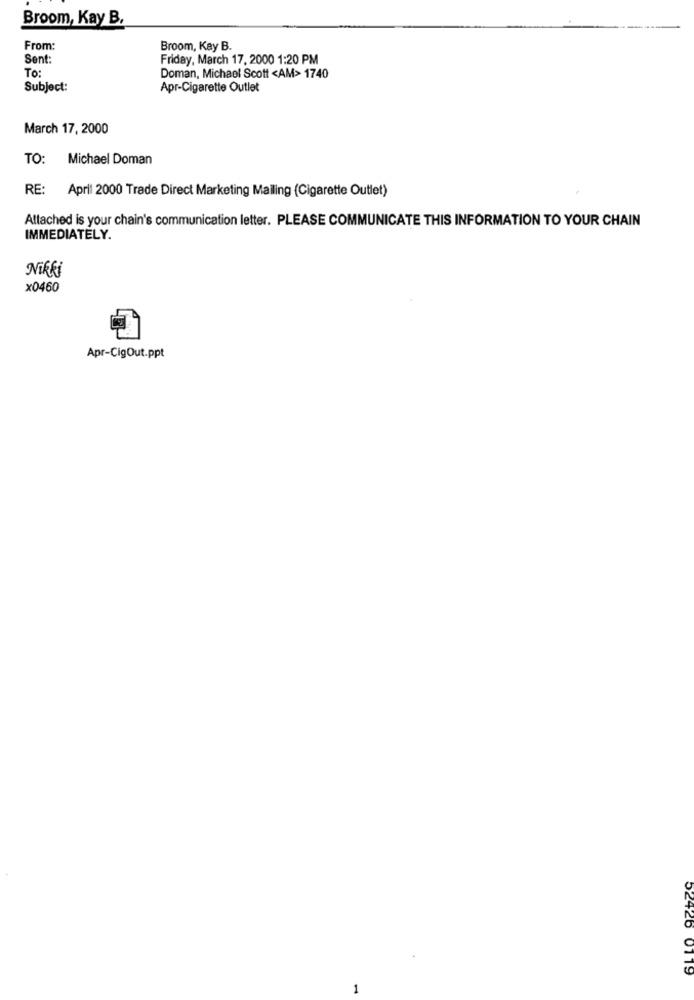
Broom, Kay B.
From:
Broom, Kay B.
Sent:
Friday, March 17, 2000 1:20 PM
To:
Doman, Michael Scott <AM> 1740
Subject:
Apr-Cigarette Outlet
March 17, 2000
TO: Michael Doman
RE: April 2000 Trade Direct Marketing Mailing (Cigarette Outlet)
Attached is your chain's communication letter. PLEASE COMMUNICATE THIS INFORMATION TO YOUR CHAIN
IMMEDIATELY.
Nikki
x0460
Apr-CigOut.ppt
52426 0119
1